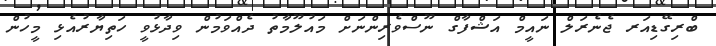
ބްރިގޭޑިއަރ ޖެނެރަލް ނައީމް އަޝްފާގް ނޫސްވެރިންނަށް މައުލޫމާތު ދެއްވަމުން ވިދާޅުވީ ހަތިޔާރުއެޅި މީހުން